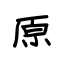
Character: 原